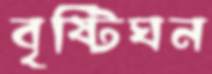
বৃষ্টিঘন